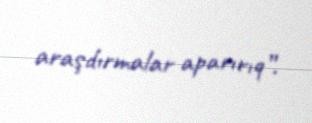
araşdırmalar aparırıq”.